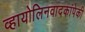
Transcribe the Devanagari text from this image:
व्हायोलिनवादकांपेकी